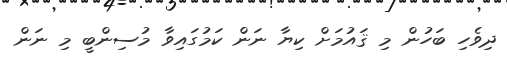
ދިވެހި ބަހުން މި ޤައުމަށް ކިޔާ ނަން ކަމުގައިވާ މުސިންބީ މި ނަން